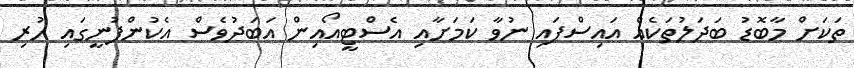
ތަކަށް މާބޮޑު ބަދަލުތަކެއް އައިސްފައި ނުވާ ކަމަށާއި އެސްޓީއޯއިން އަބަދުވެސް އެކުންފުނީގައި ހުރި